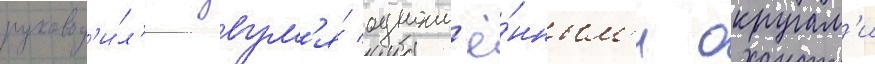
руковод'и́л'и двум'я́ одноим'ё́нным'и округам'и